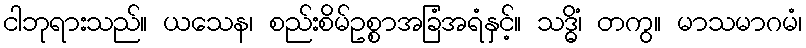
ငါဘုရားသည်။ ယသေန၊ စည်းစိမ်ဥစ္စာအခြံအရံနှင့်။ သဒ္ဓိံ၊ တကွ။ မာသမာဂမံ၊